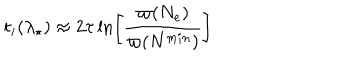
t _ { i } ( \lambda _ { \star } ) \approx 2 \tau \ln \biggr [ \frac { \varpi ( N _ { e } ) } { \varpi ( N ^ { m i n } ) } \biggl ]